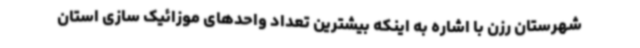
شهرستان رزن با اشاره به اینکه بیشترین تعداد واحدهای موزائیک سازی استان